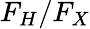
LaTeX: F_{H}/F_{X}